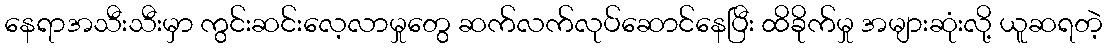
နေရာအသီးသီးမှာ ကွင်းဆင်းလေ့လာမှုတွေ ဆက်လက်လုပ်ဆောင်နေပြီး ထိခိုက်မှု အများဆုံးလို့ ယူဆရတဲ့